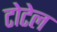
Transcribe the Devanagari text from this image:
टोटेल